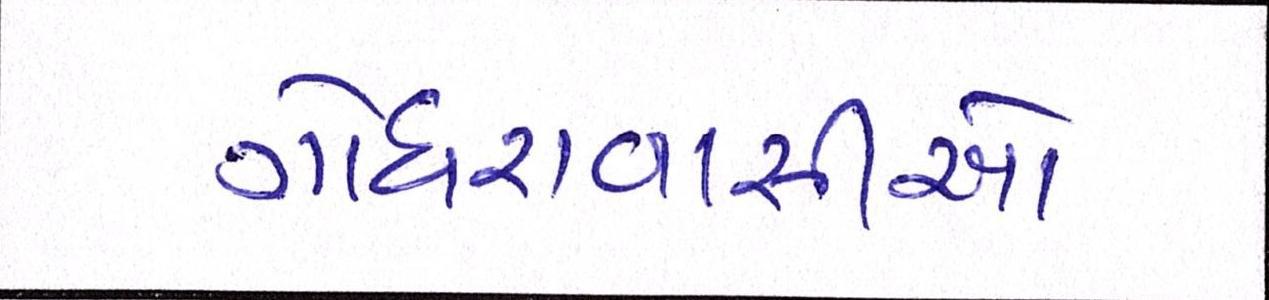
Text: ગોધરાવાસીઓ